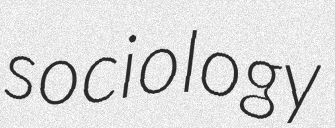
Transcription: sociology